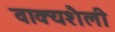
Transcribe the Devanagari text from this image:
वाक्यशैली